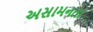
અસામનતા